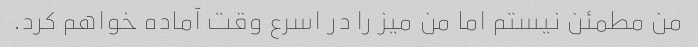
من مطمئن نیستم اما من میز را در اسرع وقت آماده خواهم کرد.